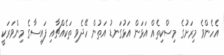
އެހެންވެ މިރަށުގެ މިސްކިތެއް އަޅަން އަޅުގަނޑު އަތުން ހޭދެވި ތަކެއްޗާއި ފައިސާގެ މިންވަރަކީ